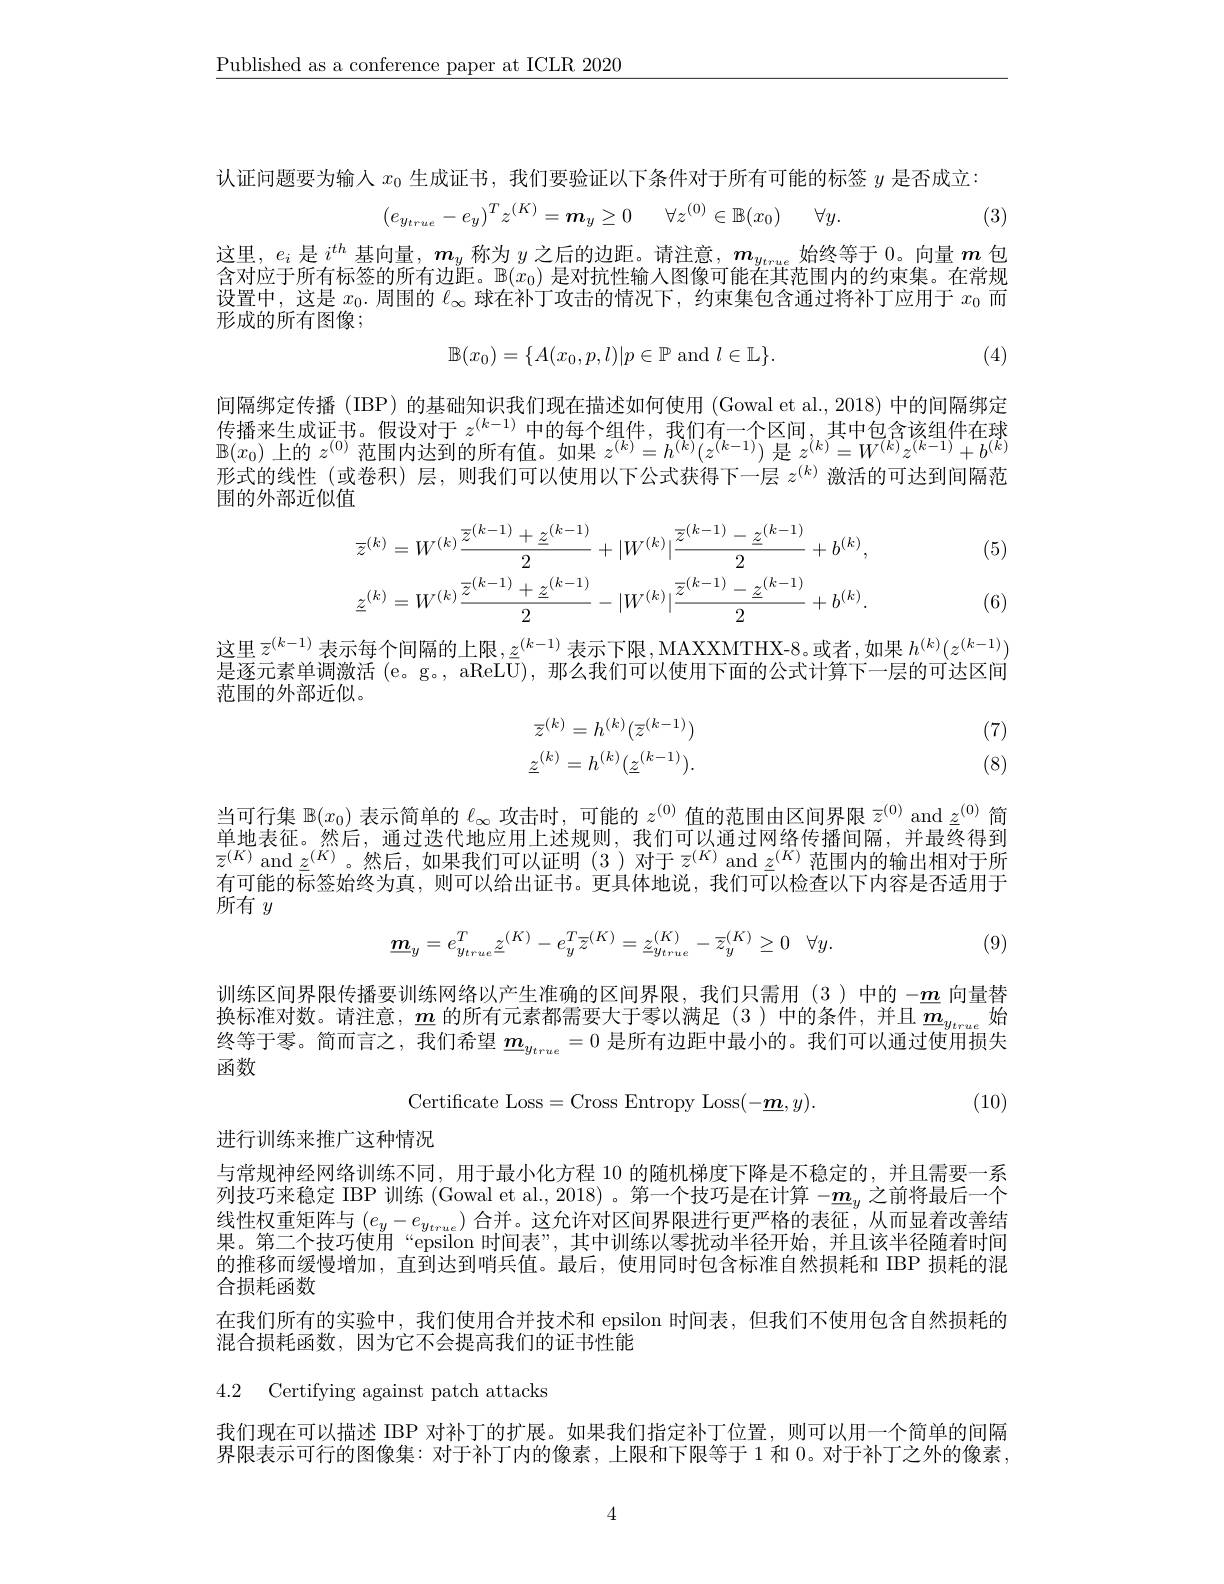
$\underline{\text{Published as a conference paper at ICLR 2020}}$

认证问题要为输人$x_0$生成证书，我们要验证以下条件对于所有可能的标签$y$是否成立：
$$(e_{y_{true}}-e_{y})^Tz^{(K)}=\boldsymbol{m}_{y}\geq0\quad\forall z^{(0)}\in\mathbb{B}(x_{0})\quad\forall y.$$
(3)

这里，$e_i$是$i^th$基向量，$\boldsymbol m_y$称为$y$之后的边距。请注意，$\boldsymbol m_y_{true}$始终等于0。向量$m$包含对应于所有标签的所有边距。$\mathbb{B}(x_0)$是对抗性输入图像可能在其范围内的约束集。在常规设置中，这是$x_0.$周围的$\ell_\infty$球在补丁攻击的情况下，约束集包含通过将补丁应用于$x_0$而形成的所有图像；
$$\mathbb{B}(x_0)=\{A(x_0,p,l)|p\in\mathbb{P}\text{and}l\in\mathbb{L}\}.$$
(4)

间隔绑定传播 (IBP) 的基础知识我们现在描述如何使用 (Gowal et al., 2018) 中的间隔绑定传播来生成证书。假设对于$z^{(k-1)}$中的每个组件，我们有一个区间，其中包含该组件在球$\mathbb{B}(x_0)$上的$z^(0)$范围内达到的所有值。如果$z^(k)=h^{(k)}(z^{(k-1)})$是$z^(k)=W^{(k)}z^{(k-1)}+b^{(k)}$ 形式的线性 (或卷积)层，则我们可以使用以下公式获得下一层$z^{(k)}$激活的可达到间隔范围的外部近似值

(5)
$$\overline{z}^{(k)}=W^{(k)}\frac{\overline{z}^{(k-1)}+\underline{z}^{(k-1)}}{2}+|W^{(k)}|\frac{\overline{z}^{(k-1)}-\underline{z}^{(k-1)}}{2}+b^{(k)},\\\underline{z}^{(k)}=W^{(k)}\frac{\overline{z}^{(k-1)}+\underline{z}^{(k-1)}}{2}-|W^{(k)}|\frac{\overline{z}^{(k-1)}-\underline{z}^{(k-1)}}{2}+b^{(k)}.$$
(6)

这里 $\bar{z}^{(k-1)}$ 表示每个间隔的上限$,\underline z^(k-1)$ 表示下限，MAXXMTHX-8。或者，如果 $h^(k)(z^{(k-1)})$ 是逐元素单调激活 (e。g。, aReLU), 那么我们可以使用下面的公式计算下一层的可达区间范围的外部近似。
$$\overline{z}^{(k)}=h^{(k)}(\overline{z}^{(k-1)})\\\underline{z}^{(k)}=h^{(k)}(\underline{z}^{(k-1)}).$$
(7) (8)

当可行集$\mathbb{B}(x_0)$表示简单的$\ell_\infty$攻击时，可能的$z^(0)$值的范围由区间界限$\bar{z}^{(0)}$ and $\underline{z}^{(0)}$简单地表征。然后，通过迭代地应用上述规则，我们可以通过网络传播间隔，并最终得到$\overline {z}^{( K) }$ and $\underline {z}^{( K) }$。然 后 , 如 果 我 们 可 以 证 明 (3) 对 于 $\overline {z}^{( K) }$ and $\underline {z}^{( K) }$范 围 内 的 输 出 相 对 于 所 女 可 能 的 主 气 体 从 你 上 声 则 可 以 以 计 中 $\underline {z}^{\text{可 以 以 下 中 }}$ 面 目 在 此 说 $\underline {z}^{( K) }$ 范 围 内 的 输 出 相 对 于 所有可能的标签始终为真，则可以给出证书。更具体地说，我们可以检查以下内容是否适用于所有$y$
$$\underline{\boldsymbol{m}}_{y}=e_{y_{true}}^{T}\underline{z}^{(K)}-e_{y}^{T}\overline{z}^{(K)}=\underline{z}_{y_{true}}^{(K)}-\overline{z}_{y}^{(K)}\geq0\quad\forall y.$$
(9)

训练区间界限传播要训练网络以产生准确的区间界限，我们只需用(3)中的$-\underline{m}$向量替换标准对数。请注意，$\underline{m}$ 的所有元素都需要大于零以满足(3)中的条件，并且$\underline{m}_{y_{true}}$始终等于零。简而言之，我们希望$\underline{m}_{y_{true}}=0$是所有边距中最小的。我们可以通过使用损失函数
$$\mathrm{Certificate~Loss}=\mathrm{Cross~Entropy~Loss}(-\underline{\boldsymbol{m}},y).$$
(10)

进行训练来推广这种情况

与常规神经网络训练不同，用于最小化方程 10 的随机梯度下降是不稳定的，并且需要一系列技巧来稳定 IBP 训练 (Gowal et al., 2018) 。第一个技巧是在计算$-\underline{m}_y$之前将最后一个线性权重矩阵与$(e_y-e_{y_{true}})$合并。这允许对区间界限进行更严格的表征，从而显着改善结田 答一众中T估用 6000年时间由77 世中训练则君城斗业及开始 并日该火须防单叶问果。第一个技巧使用“epsilon 时间表”,其中训练以骞扰动半径开始、并目该半径随着时间的推移而缓慢增加，直到达到哨兵值。最后，使用同时包含标准自然损耗和 IBP 损耗的混合损耗函数
在我们所有的实验中，我们使用合并技术和 epsilon 时间表，但我们不使用包含自然损耗的
混合损耗函数，因为它不会提高我们的证书性能

4.2 Certifying against patch attacks

我们现在可以描述 IBP 对补丁的扩展。如果我们指定补丁位置，则可以用一个简单的间隔界限表示可行的图像集：对于补丁内的像素，上限和下限等于1 和 0。对于补丁之外的像素，

4